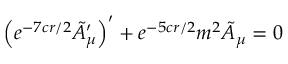
\left( e ^ { - 7 c r / 2 } \tilde { A } _ { \mu } ^ { \prime } \right) ^ { \prime } + e ^ { - 5 c r / 2 } m ^ { 2 } \tilde { A } _ { \mu } = 0